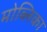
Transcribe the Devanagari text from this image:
मोब्लिका